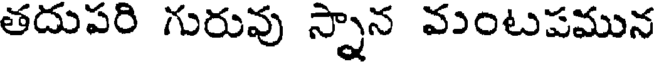
తదుపరి గురువు స్నాన వంటపమున